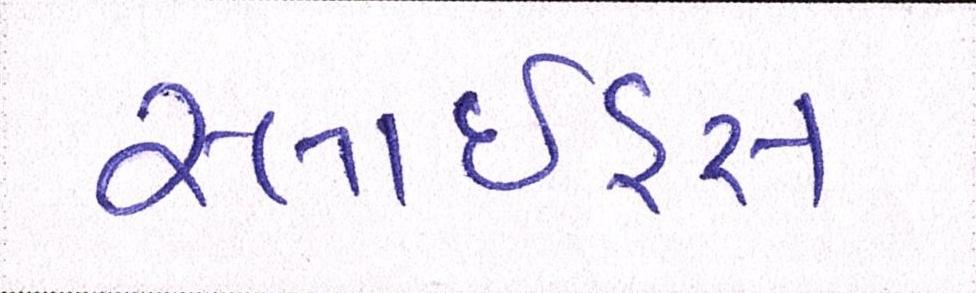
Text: સ્લાઇડ્સ